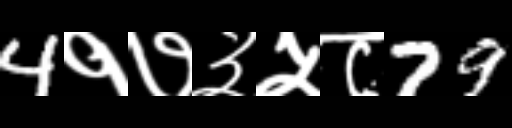
Text: 4१७३५८79